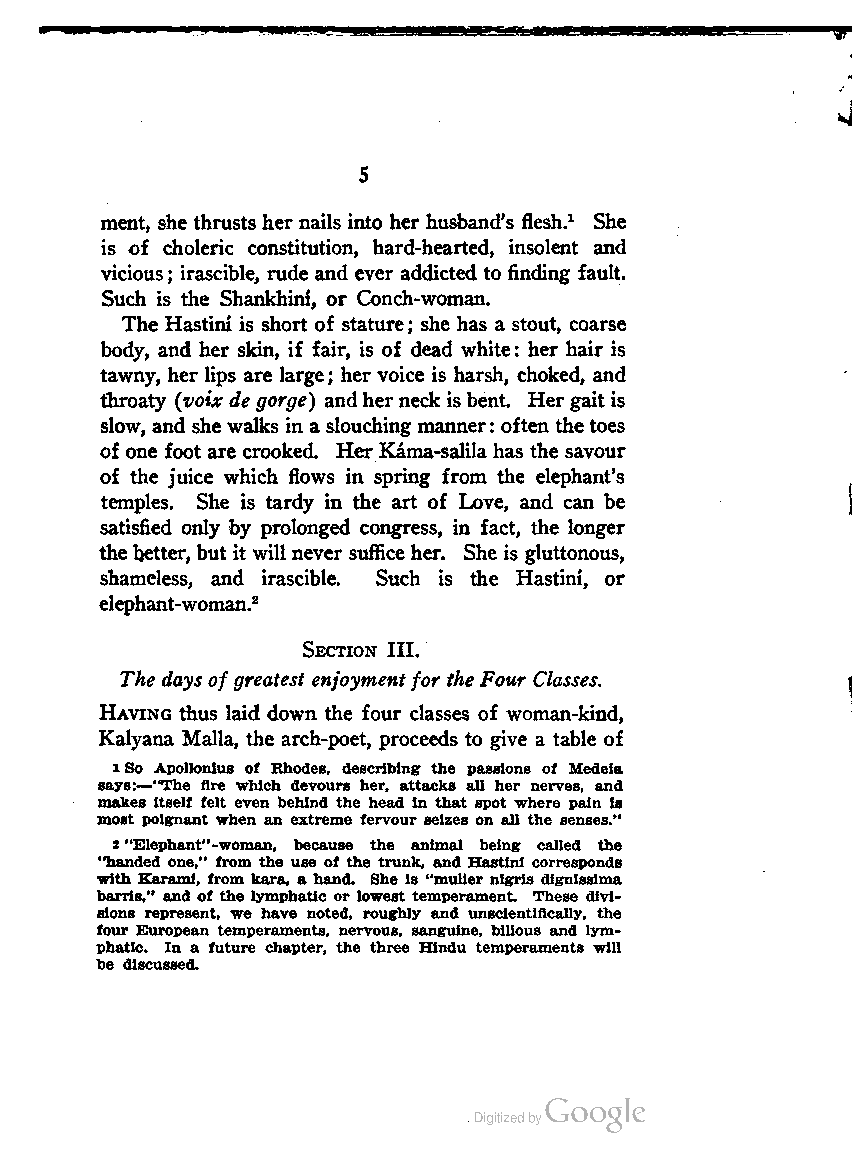
5
 ment, she thrusts her nails into her husband's flesh.1 She
 is of choleric constitution, hard-hearted, insolent and
 vicious; irascible, rude and ever addicted to finding fault.
 Such is the Shankhim, or Conch-woman.
 The Hastini is short of stature; she has a stout, coarse
 body, and her skin, if fair, is of dead white: her hair is
 tawny, her lips are large; her voice is harsh, choked, and
 throaty (yoix de gorge) andherneck is bent. Hergait is
 slow, and she walks in a slouching manner: often the toes
 of one foot are crooked. HerKama-salila has the savour
 of the juice which flows in spring from the elephant's
 temples. She is tardy in the art of Love, and can be
 satisfied only by prolonged congress, in fact, the longer
 the better, but it willnever sufficeher. She is gluttonous,
 shameless, and irascible. Such is the Hastini, or
 elephant-woman.2
 Section III.
 The days ofgreatest enjoymentfor the Four Classes.
 Having thus laid down the four classes of woman-kind,
 Kalyana Malla, the arch-poet, proceeds to give a table of
 1So Apollonius of Rhodes, describing the passions of Medeia
 says:—"The Are which devours her, attacks all her nerves, and
 makes itself felt even behind the head in that spot where pain is
 most poignant when an extreme fervour seizes on all the senses."
 2"Elephant"-woman, because the animal being called the
 "handed one," from the use of the trunk, and Hastini corresponds
 with Karami, from kara, a hand. She is "mulier nigris dignissima
 barris," and of the lymphatic or lowest temperament. These divi
 sions represent, we have noted, roughly and unscientifically, the
 four European temperaments, nervous, sanguine, bilious and lym
 phatic. In a future chapter, the three Hindu temperaments will
 be discussed.